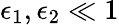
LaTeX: \epsilon_{1},\epsilon_{2}\ll 1